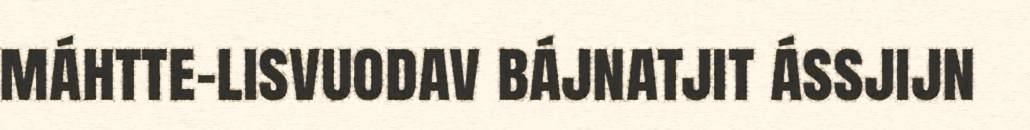
máhtte-lisvuodav bájnatjit ássjijn